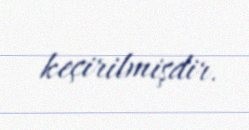
keçirilmişdir.